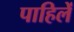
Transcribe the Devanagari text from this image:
पाहिलें